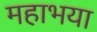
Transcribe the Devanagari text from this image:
महाभया